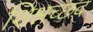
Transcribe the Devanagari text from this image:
शिश्नच्छद